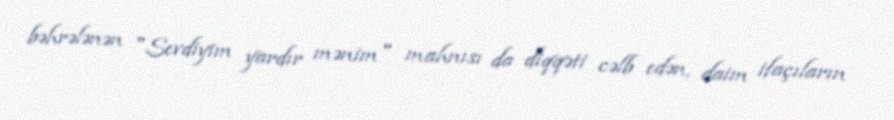
bəhrələnən "Sevdiyim yardır mənim" mahnısı da diqqəti cəlb edən, daim ifaçıların